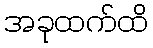
အခုထက်ထိ